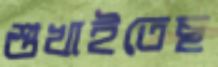
শুখাইতেছ